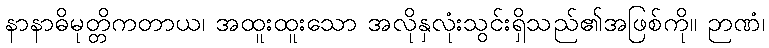
နာနာဓိမုတ္တိကတာယ၊ အထူးထူးသော အလိုနှလုံးသွင်းရှိသည်၏အဖြစ်ကို။ ဉာဏံ၊